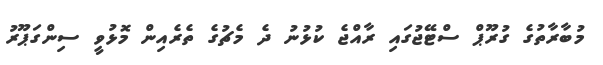
މުބާރާތުގެ ގުރޫޕް ސްޓޭޖުގައި ރާއްޖެ ކުޅުނު ދެ މެޗުގެ ތެރެއިން މޮޅުވީ ސިންގަޕޫރު